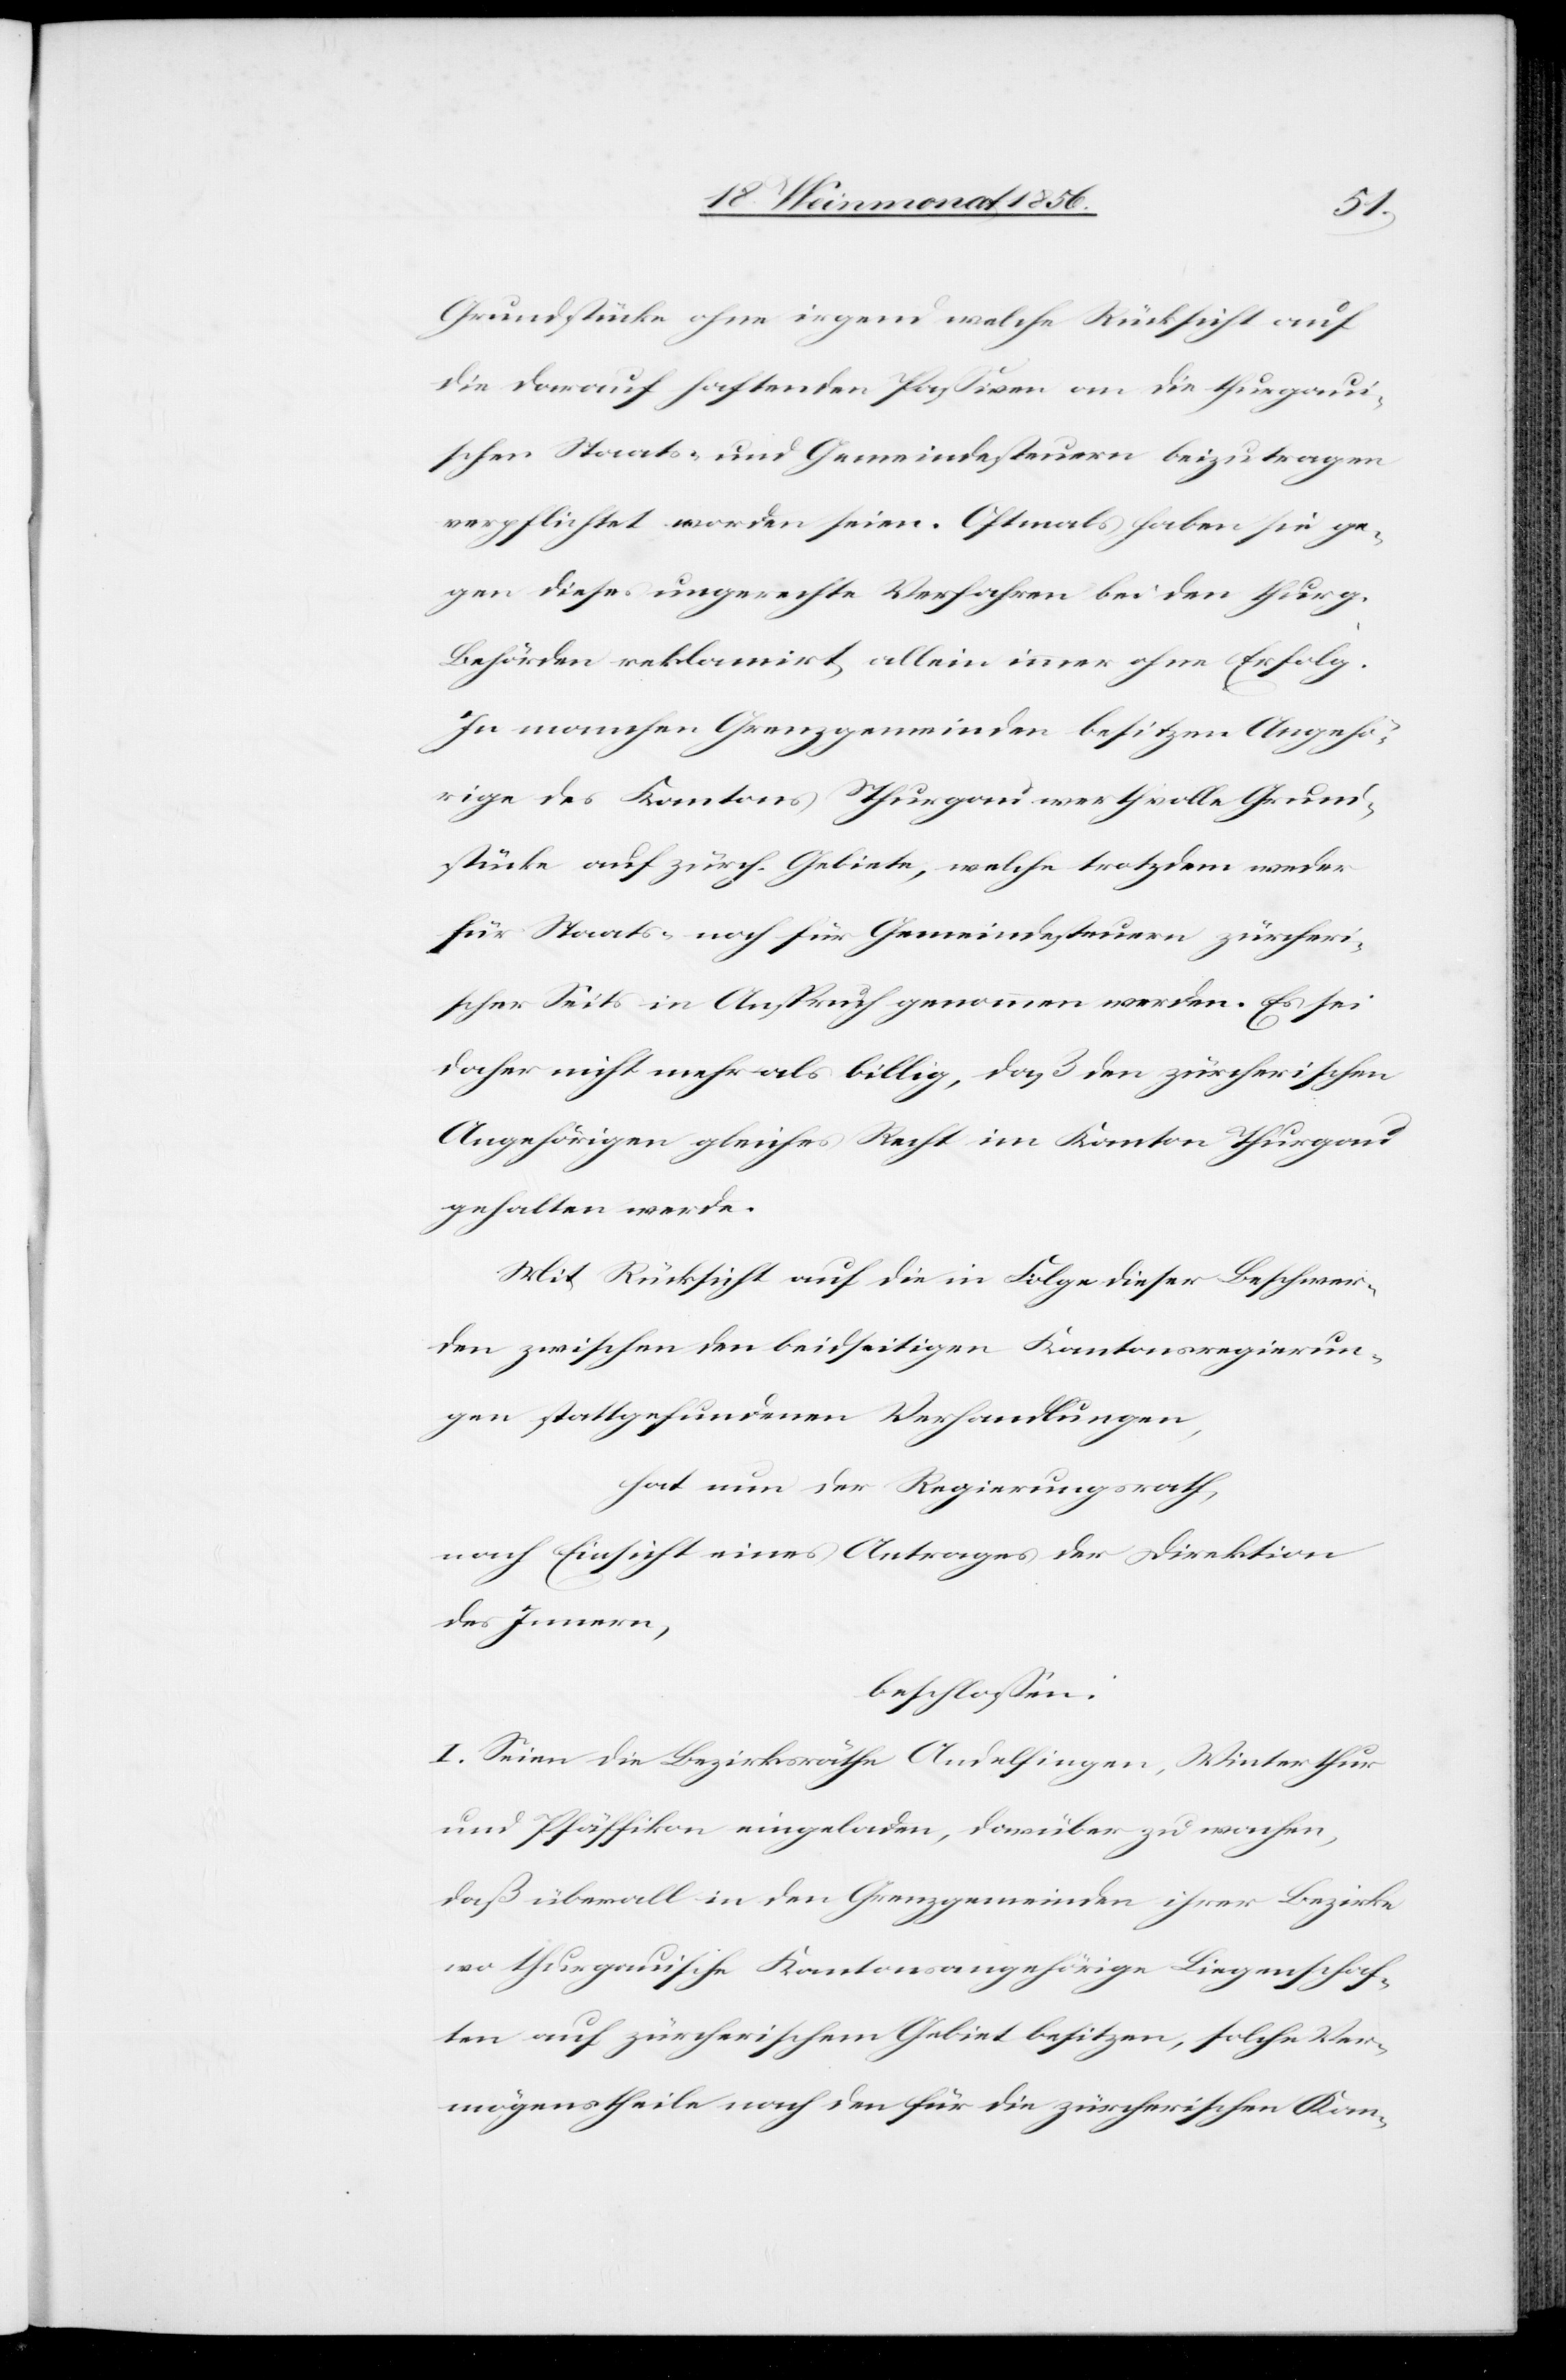
Grundstücke ohne irgend welche Rücksicht auf
die darauf haftenden Passiven an die thurgaui¬
schen Staats- und Gemeindesteuern beizutragen
verpflichtet worden seien. Oftmals haben sie ge¬
gen dieses ungerechte Verfahren bei den thurg.
Behörden reklamirt, allein immer ohne Erfolg.
In manchen Grenzgemeinden besitzen Angehö¬
rige des Kantons Thurgau werthvolle Grund¬
stücke auf zürch. Gebiete, welche trotzdem weder
für Staats- noch für Gemeindesteuern zürcheri¬
scher Seits in Anspruch genommen werden. Es sei
daher nicht mehr als billig, daß den zürcherischen
Angehörigen gleiches Recht im Kanton Thurgau
gehalten werde.
Mit Rückblick auf die in Folge dieser Beschwer¬
den zwischen den beidseitigen Kantonsregierun¬
gen stattgefundenen Verhandlungen,
hat nun der Regierungsrath,
nach Einsicht eines Antrages der Direktion
des Innern,
beschlossen:
I. Seien die Bezirksräthe Andelfingen, Winterthur
und Pfäffikon eingeladen, darüber zu wachen,
daß überall in den Grenzgemeinden ihrer Bezirke
wo thurgauische Kantonsangehörige Liegenschaf¬
ten auf zürcherischem Gebiet besitzen, solche Ver¬
mögenstheile nach den für die zürcherischen Kan-